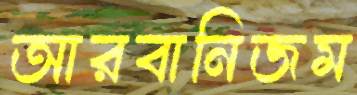
আরবানিজম